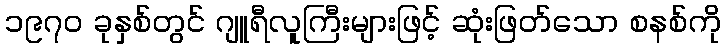
၁၉၇၀ ခုနှစ်တွင် ဂျူရီလူကြီးများဖြင့် ဆုံးဖြတ်သော စနစ်ကို